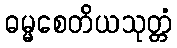
ဓမ္မစေတိယသုတ္တံ